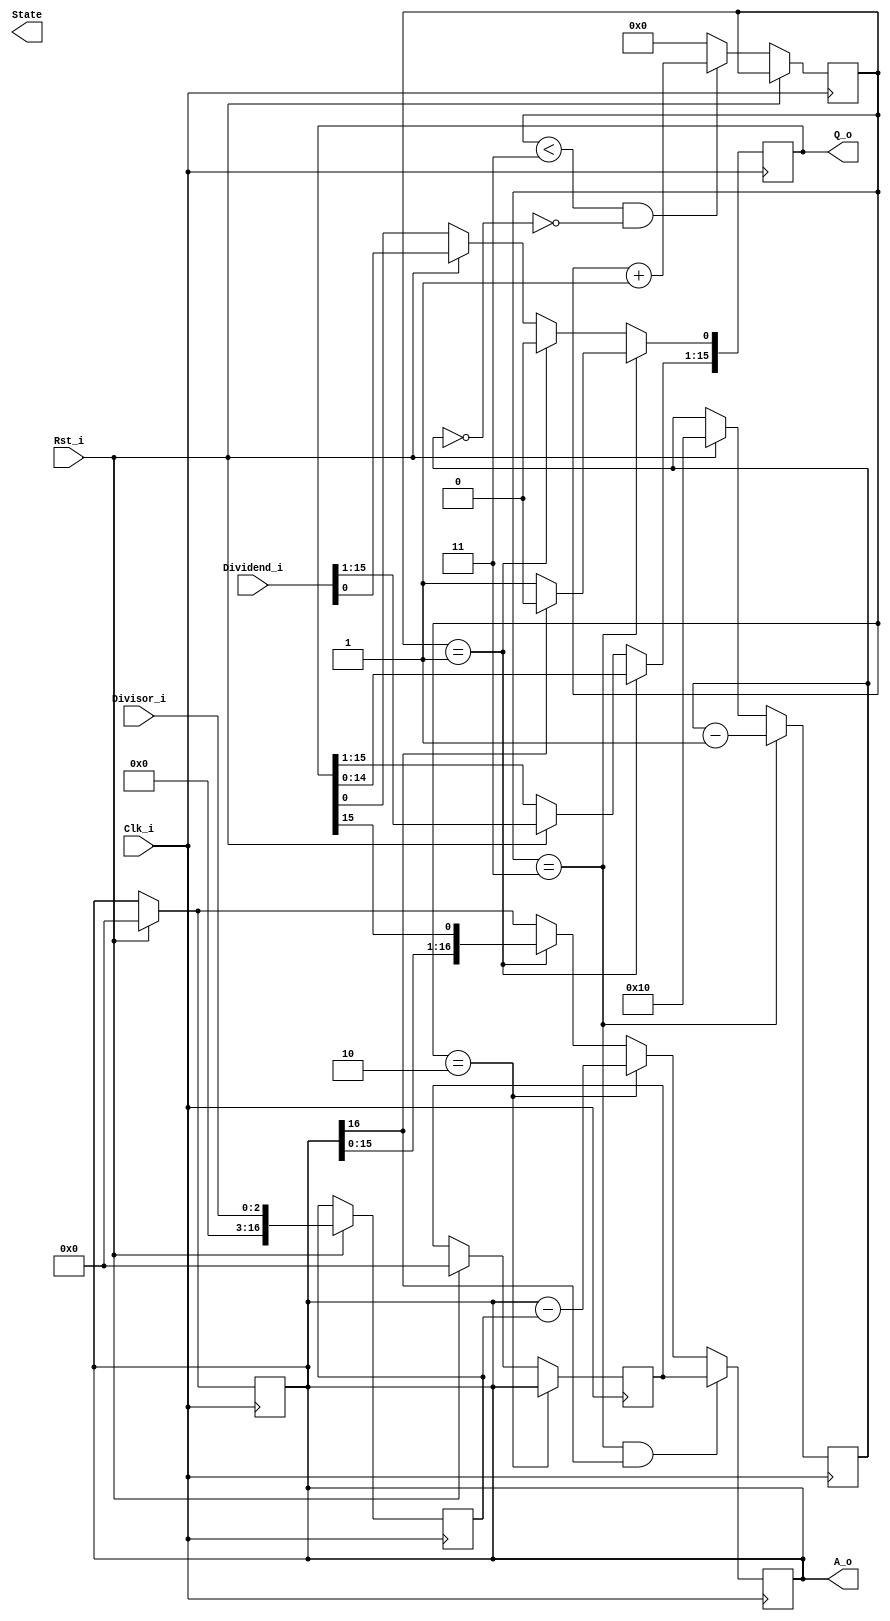
module Div#(parameter L = 16, parameter l = 3)      // L = Dividend length;     l = Divisor length
    (
        input [L-1:0]   Dividend_i,
        input [l-1:0]   Divisor_i,
        input           Clk_i,
        input           Rst_i,

        output  reg     State,
        output  [L-1:0] Q_o,
        output  [L:0]   A_o
    );

    assign Q_o = Q;     // Quotient
    assign A_o = A;     // Remainder


    // Internal registers
    reg [L-1:0]         Q = 0;  // Quotient register
    reg [L:0]           A = 0;  // Accumulator
    reg [L:0]           M = 0;

    reg [$clog2(L):0]   n;      // no of bits in divisor

    reg [L:0]           A_prev = 0; // temporary register used in restore-A
    
    wire done = (n == 0);

    reg [3:0] cycle = 0;


    // cycle register
    always @(posedge Clk_i)begin
        if(Rst_i) begin
            A <= 0;
        end
        else if((cycle < 3) && (!done))begin        // cycle counting stops if done signal is high
            cycle <= cycle+1;
        end
        else begin 
            cycle<= 0;
        end
    end


    // n register
    always @(posedge Clk_i)begin
        if(Rst_i) begin
            n <= L;             // Initialization
        end
        if (cycle == 3)begin
            n <= n-1;
        end
    end


    // A register
    always @(posedge Clk_i)begin
        if(Rst_i) begin
            A <= 0;             // Initialization
        end
        if (cycle == 1)begin
            A <= {A[L-1:0],Q[L-1]};
        end
        if (cycle == 2)begin
            A <= A-M;
        end
        if ((cycle == 3) && (A[L] == 1))begin
            A <= A_prev;
        end
    end


    // M register
    always @(posedge Clk_i)begin
        if(Rst_i) begin
            M <= Divisor_i;     // Initialization
        end
    end


    // Q register
    always @(posedge Clk_i)begin
        if(Rst_i) begin
            Q <= Dividend_i;    // Initialization
        end
        if (cycle == 1)begin
            Q <= Q<<1;
        end
        if (cycle == 3)begin
            Q[0] <= (A[L] == 1)? 1'b0 : 1'b1;
        end
    end


    // A_pev register
    always @(posedge Clk_i)begin
        if(Rst_i) begin
            A_prev <= 0;             // Initialization
        end
        if (cycle == 2)begin
            A_prev <= A;
        end
    end

endmodule